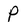
Character: P